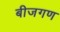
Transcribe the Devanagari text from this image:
बीजगण